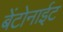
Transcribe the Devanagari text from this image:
बेंटोनाईट